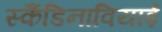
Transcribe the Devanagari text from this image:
स्कैंडिनावियाई